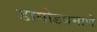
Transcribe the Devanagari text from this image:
डायोडप्रमाणे